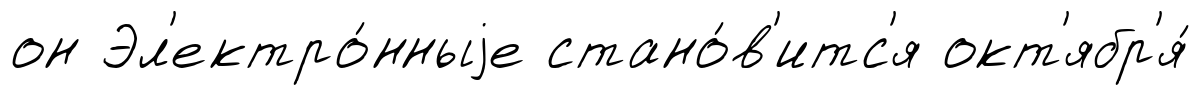
он Эл'ектро́нныjе стано́в'итс'я окт'ябр'я́